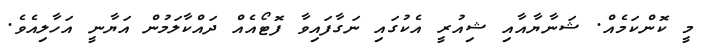
މީ ކޮންކަމެއް. ޝަނާޔާއާއި ޝިއުރީ އެކުގައި ނަގާފައިވާ ފޮޓޯއެއް ދައްކާލަމުން އަޔާނީ އަހާލިއެވެ.